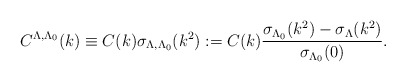
\begin{align*} C^{\Lambda,\Lambda_0}(k) \equiv C(k) \sigma_{\Lambda,\Lambda_0}(k^2) : = C(k) \frac{\sigma _{\Lambda_0}(k^2) - \sigma _{\Lambda}(k^2)}{\sigma _{\Lambda_0}(0)} .\end{align*}